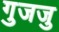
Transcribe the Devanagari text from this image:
गुजजु